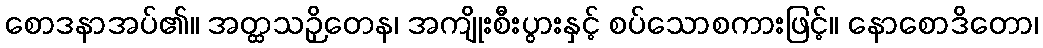
စောဒနာအပ်၏။ အတ္ထသဉှိတေန၊ အကျိုးစီးပွားနှင့် စပ်သောစကားဖြင့်။ နောစောဒိတော၊